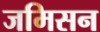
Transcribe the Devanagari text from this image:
जमिसन